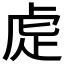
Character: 𮓝